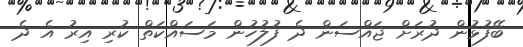
ބޭފުޅުން ދުރަށް ޖައްސަން ދެ ފުލުހުން މަސައްކަތް ކުރި އިރު އެ ދެ